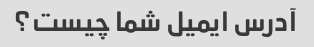
آدرس ایمیل شما چیست؟